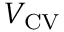
V _ { \mathrm { { C V } } }